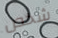
شخص